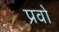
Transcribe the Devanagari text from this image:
प्रवो